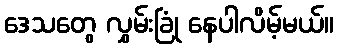
ဒေသတွေ လွှမ်းခြုံ နေပါလိမ့်မယ်။